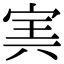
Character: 㝙